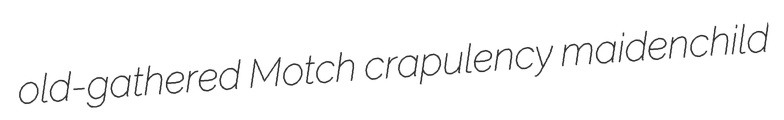
old-gathered Motch crapulency maidenchild